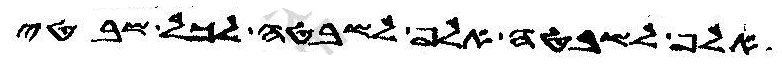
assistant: אלף לשבטה אלף לשבטה לכל שבטי